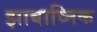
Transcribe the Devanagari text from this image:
झाबाव्निक